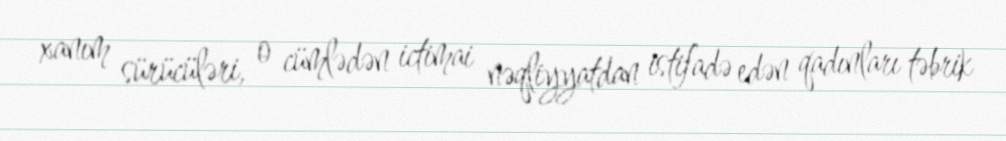
xanım sürücüləri, o cümlədən ictimai nəqliyyatdan istifadə edən qadınları təbrik